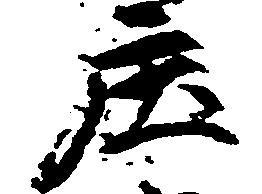
庄